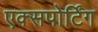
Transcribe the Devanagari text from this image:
एक्सपोर्टिंग